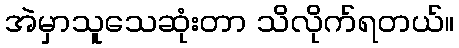
အဲမှာသူသေဆုံးတာ သိလိုက်ရတယ်။